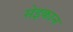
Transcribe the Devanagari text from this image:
सेइकान